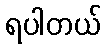
ရပါတယ်